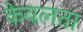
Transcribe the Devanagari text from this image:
केवलता